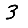
Digit: 3